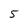
Character: 5